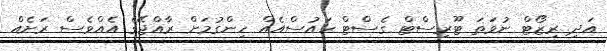
އަދި ރިޒޯޓް ނުވަތަ ޓޫރިސްޓް ގެސްޓް ހައުސްއެއް ހިންގުމަށް ރާއްޖޭގެ އެއްވެސް ރަށެއް